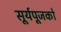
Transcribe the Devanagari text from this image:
सूर्यपूजको